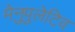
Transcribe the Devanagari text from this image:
मेनुपुलेटिव